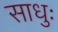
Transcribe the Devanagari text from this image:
साधुः